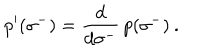
LaTeX: \: p ^ { \prime } ( \sigma ^ { - } ) = \frac { d } { d \sigma ^ { - } } \, p ( \sigma ^ { - } ) \: .